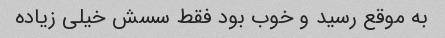
به موقع رسید و خوب بود فقط سسش خیلی زیاده